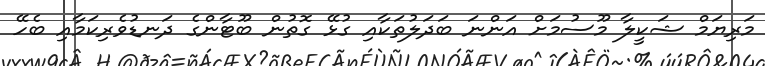
މަރިޔަމް ޝަކީލާ މޫސުމަށް އަންނަ ބަދަލުތަކާއި ގުޅޭ ގޮތުން ބޫޓާންގެ ދަނޑުވެރިކަމާއި ބެހޭ